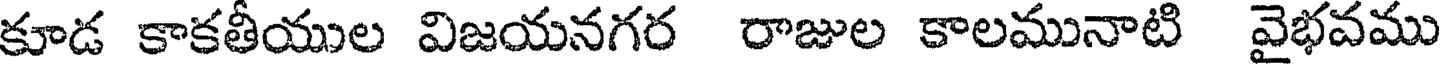
కూడ కాకతీయుల విజయనగర రాజుల కాలమునాటి వైభవము